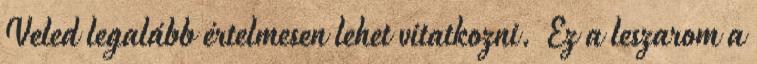
Veled legalább értelmesen lehet vitatkozni. Ez a leszarom a